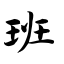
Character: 班